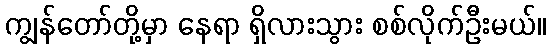
ကျွန်တော်တို့မှာ နေရာ ရှိလားသွား စစ်လိုက်ဦးမယ်။